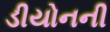
ડીયોનની